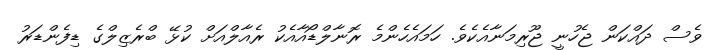
ވެސް ދައްކަން ޖެހުނީ ޖޫރިމަނާއެކެވެ. ހަމައެހެންމެ ރޮނާލްޑޯއާއެކު ރެއާލްއަށް ކުޅޭ ބްރެޒިލްގެ ޑިފެންޑަރު